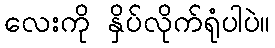
လေးကို နှိပ်လိုက်ရုံပါပဲ။